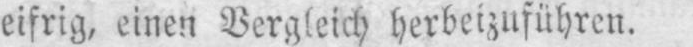
eifrig, einen Vergleich herbeizuführen.